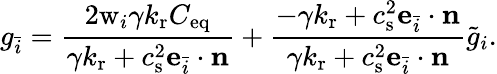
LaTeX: g_{\bar{i}}=\frac{2\mathrm{w}_{i}\gamma k_{\mathrm{r}}C_{\mathrm{eq}}}{\gamma k_{\mathrm{r}}+c_{\mathrm{s}}^{2}\mathbf{e}_{\bar{i}}\cdot\mathbf{n}}+\frac{-\gamma k_{\mathrm{r}}+c_{\mathrm{s}}^{2}\mathbf{e}_{\bar{i}}\cdot\mathbf{n}}{\gamma k_{\mathrm{r}}+c_{\mathrm{s}}^{2}\mathbf{e}_{\bar{i}}\cdot\mathbf{n}}\tilde{g}_{i}.